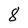
Character: 8